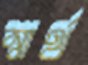
স্বার্থ